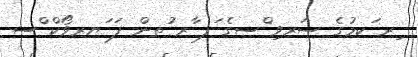
ިރ ަކމުގެ ސަރވި ްސގެ ަފ ާރ ުތން ފަ ަޔރވޯކް ްސ